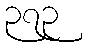
၃၇၃